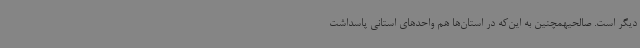
دیگر است. صالحیهمچنین به این‌که در استان‌ها هم واحدهای استانی پاسداشت